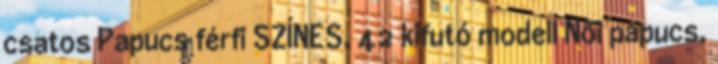
csatos Papucs férfi SZÍNES, 42 kifutó modell Női papucs,